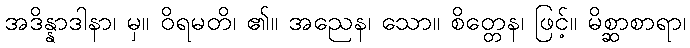
အဒိန္နာဒါနာ၊ မှ။ ဝိရမတိ၊ ၏။ အညေန၊ သော။ စိတ္တေန၊ ဖြင့်။ မိစ္ဆာစာရာ၊